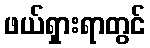
ဖယ်ရှားရာတွင်